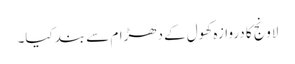
لاونج کا دروازہ کھول کے دھڑام سے بند کیا۔